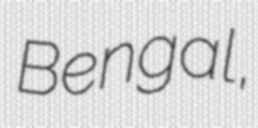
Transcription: Bengal,